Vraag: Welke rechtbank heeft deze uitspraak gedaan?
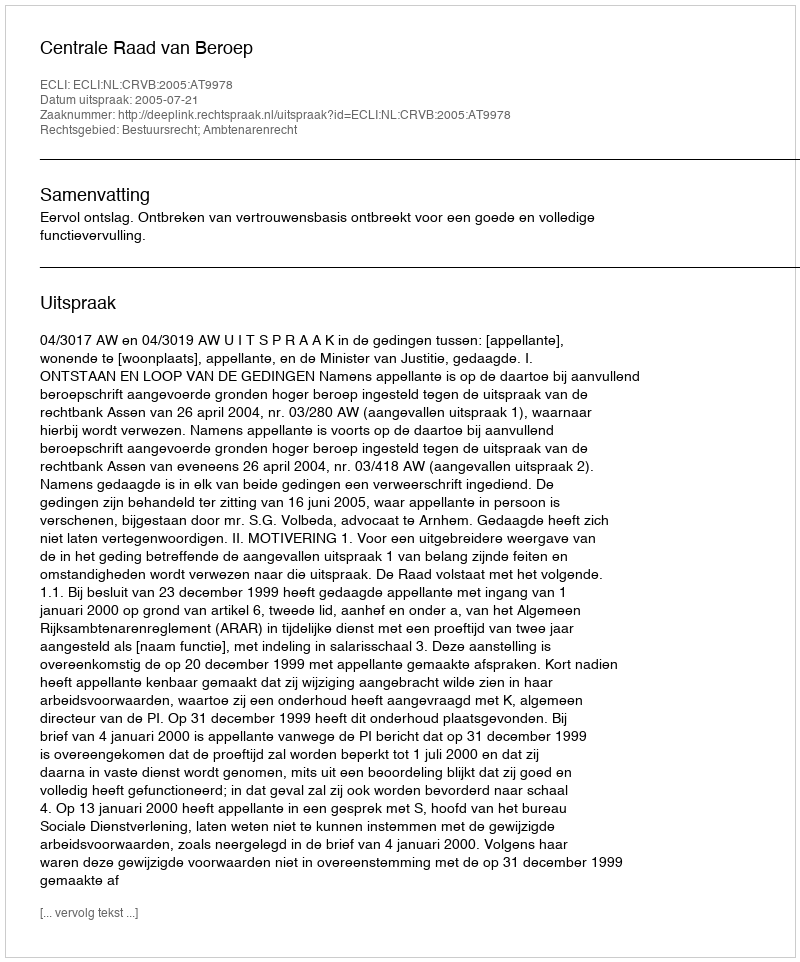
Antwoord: Centrale Raad van Beroep